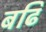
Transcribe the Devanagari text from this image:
बढि